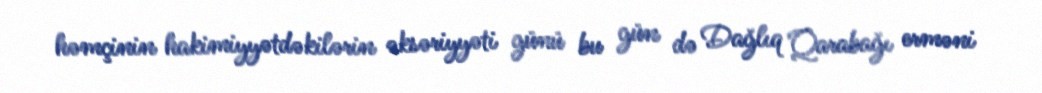
həmçinin hakimiyyətdəkilərin əksəriyyəti günü bu gün də Dağlıq Qarabağı erməni